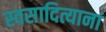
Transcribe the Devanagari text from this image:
स्वसादित्यानां